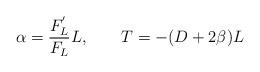
LaTeX: \begin{align*}\alpha =\frac{F_L^{^{\prime }}}{F_L}L,\qquad T=-(D+2\beta )L \end{align*}